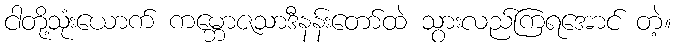
ငါတို့သုံးယောက် ကမ္ဘောဇသာဒီနန်းတော်ထဲ သွားလည်ကြရအောင် တဲ့။